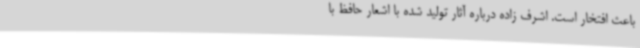
باعث افتخار است. اشرف زاده درباره آثار تولید شده با اشعار حافظ با